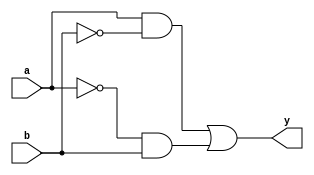
module xor_gate(
    input a,
    input b,
    output y
);

wire inv_a;
wire and_out;

// Inverter
assign inv_a = ~a;

// Transmission gates
assign y = a & ~b | inv_a & b;

endmodule